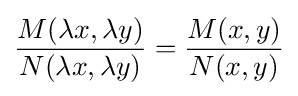
{\frac {M(\lambda x,\lambda y)}{N(\lambda x,\lambda y)}}={\frac {M(x,y)}{N(x,y)}}